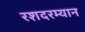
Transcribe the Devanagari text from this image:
रशदरम्यान